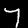
Digit: 7